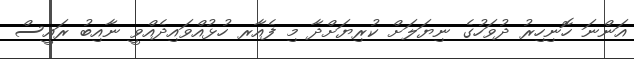
އަންނަ ހޮނިހިރު ދުވަހުގެ ނިޔަލަށް ކުރިޔަށްދާ މި ފެއާރ ހުޅުއްވައިދެއްވީ ނާއިބު ރައީސް